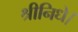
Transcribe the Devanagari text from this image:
श्रीनिधे।